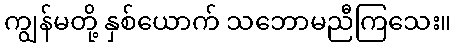
ကျွန်မတို့ နှစ်ယောက် သဘောမညီကြသေး။